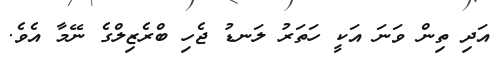
އަދި ތިން ވަނަ އަކީ ހަތަރު ލަނޑު ޖެހި ބްރެޒިލްގެ ނޭމާ އެވެ.